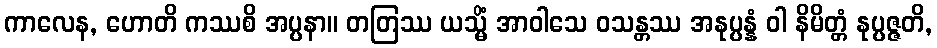
ကာလေန, ဟောတိ ကဿစိ အပ္ပနာ။ တတြဿ ယသ္မိံ အာဝါသေ ဝသန္တဿ အနုပ္ပန္နံ ဝါ နိမိတ္တံ နုပ္ပဇ္ဇတိ,